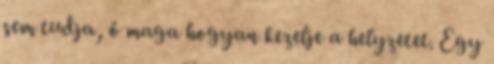
sem tudja, ő maga hogyan kezelje a helyzetet. Egy